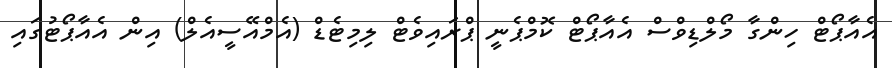
އެއާޕޯޓް ހިންގާ މޯލްޑިވްސް އެއާޕޯޓް ކޮމްޕެނީ ޕްރައިވެޓް ލިމިޓެޑް (އެމްއޭސީއެލް) އިން އެއާޕޯޓުގައި